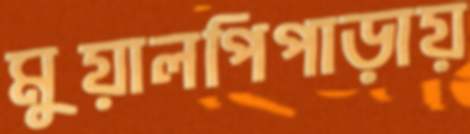
মুয়ালপিপাড়ায়